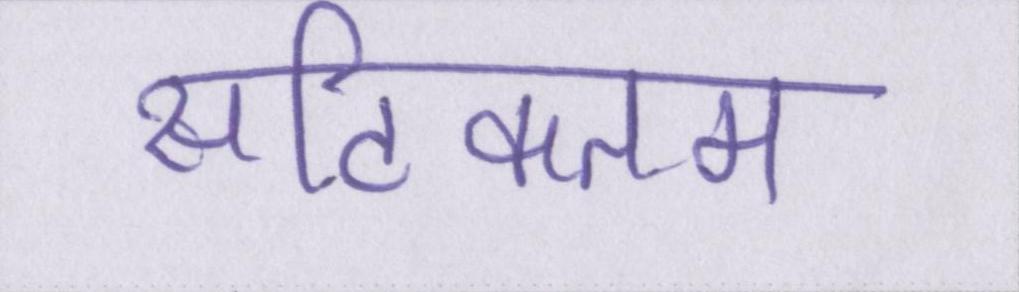
सटिकतम